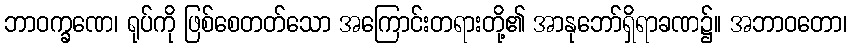
ဘာဝက္ခဏေ၊ ရုပ်ကို ဖြစ်စေတတ်သော အကြောင်းတရားတို့၏ အာနုဘော်ရှိရာခဏ၌။ အဘာဝတော၊